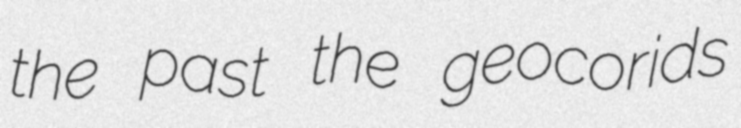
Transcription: the past the geocorids